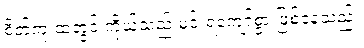
စိတ်ကူးထဲတွင် ကိုယ်သည် မင်းရဲကျော်စွာ ဖြစ်နေသည်။